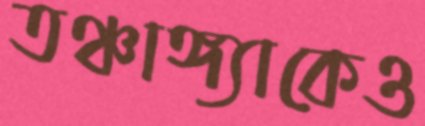
তঞ্চাঙ্গ্যাকেও